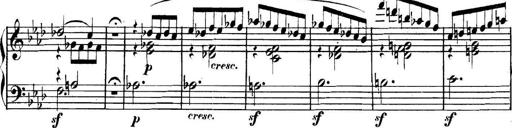
Title: Collected Piano Sonatas
Composer: Muzio Clementi